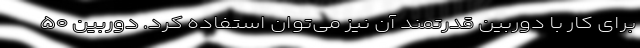
برای کار با دوربین قدرتمند آن نیز می‌توان استفاده کرد. دوربین ۵۰